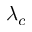
\lambda _ { c }